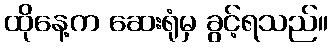
ထိုနေ့က ဆေးရုံမှ ခွင့်ရသည်။